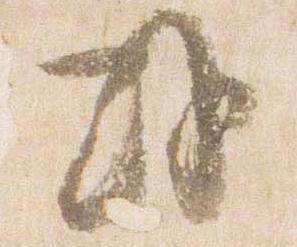
或